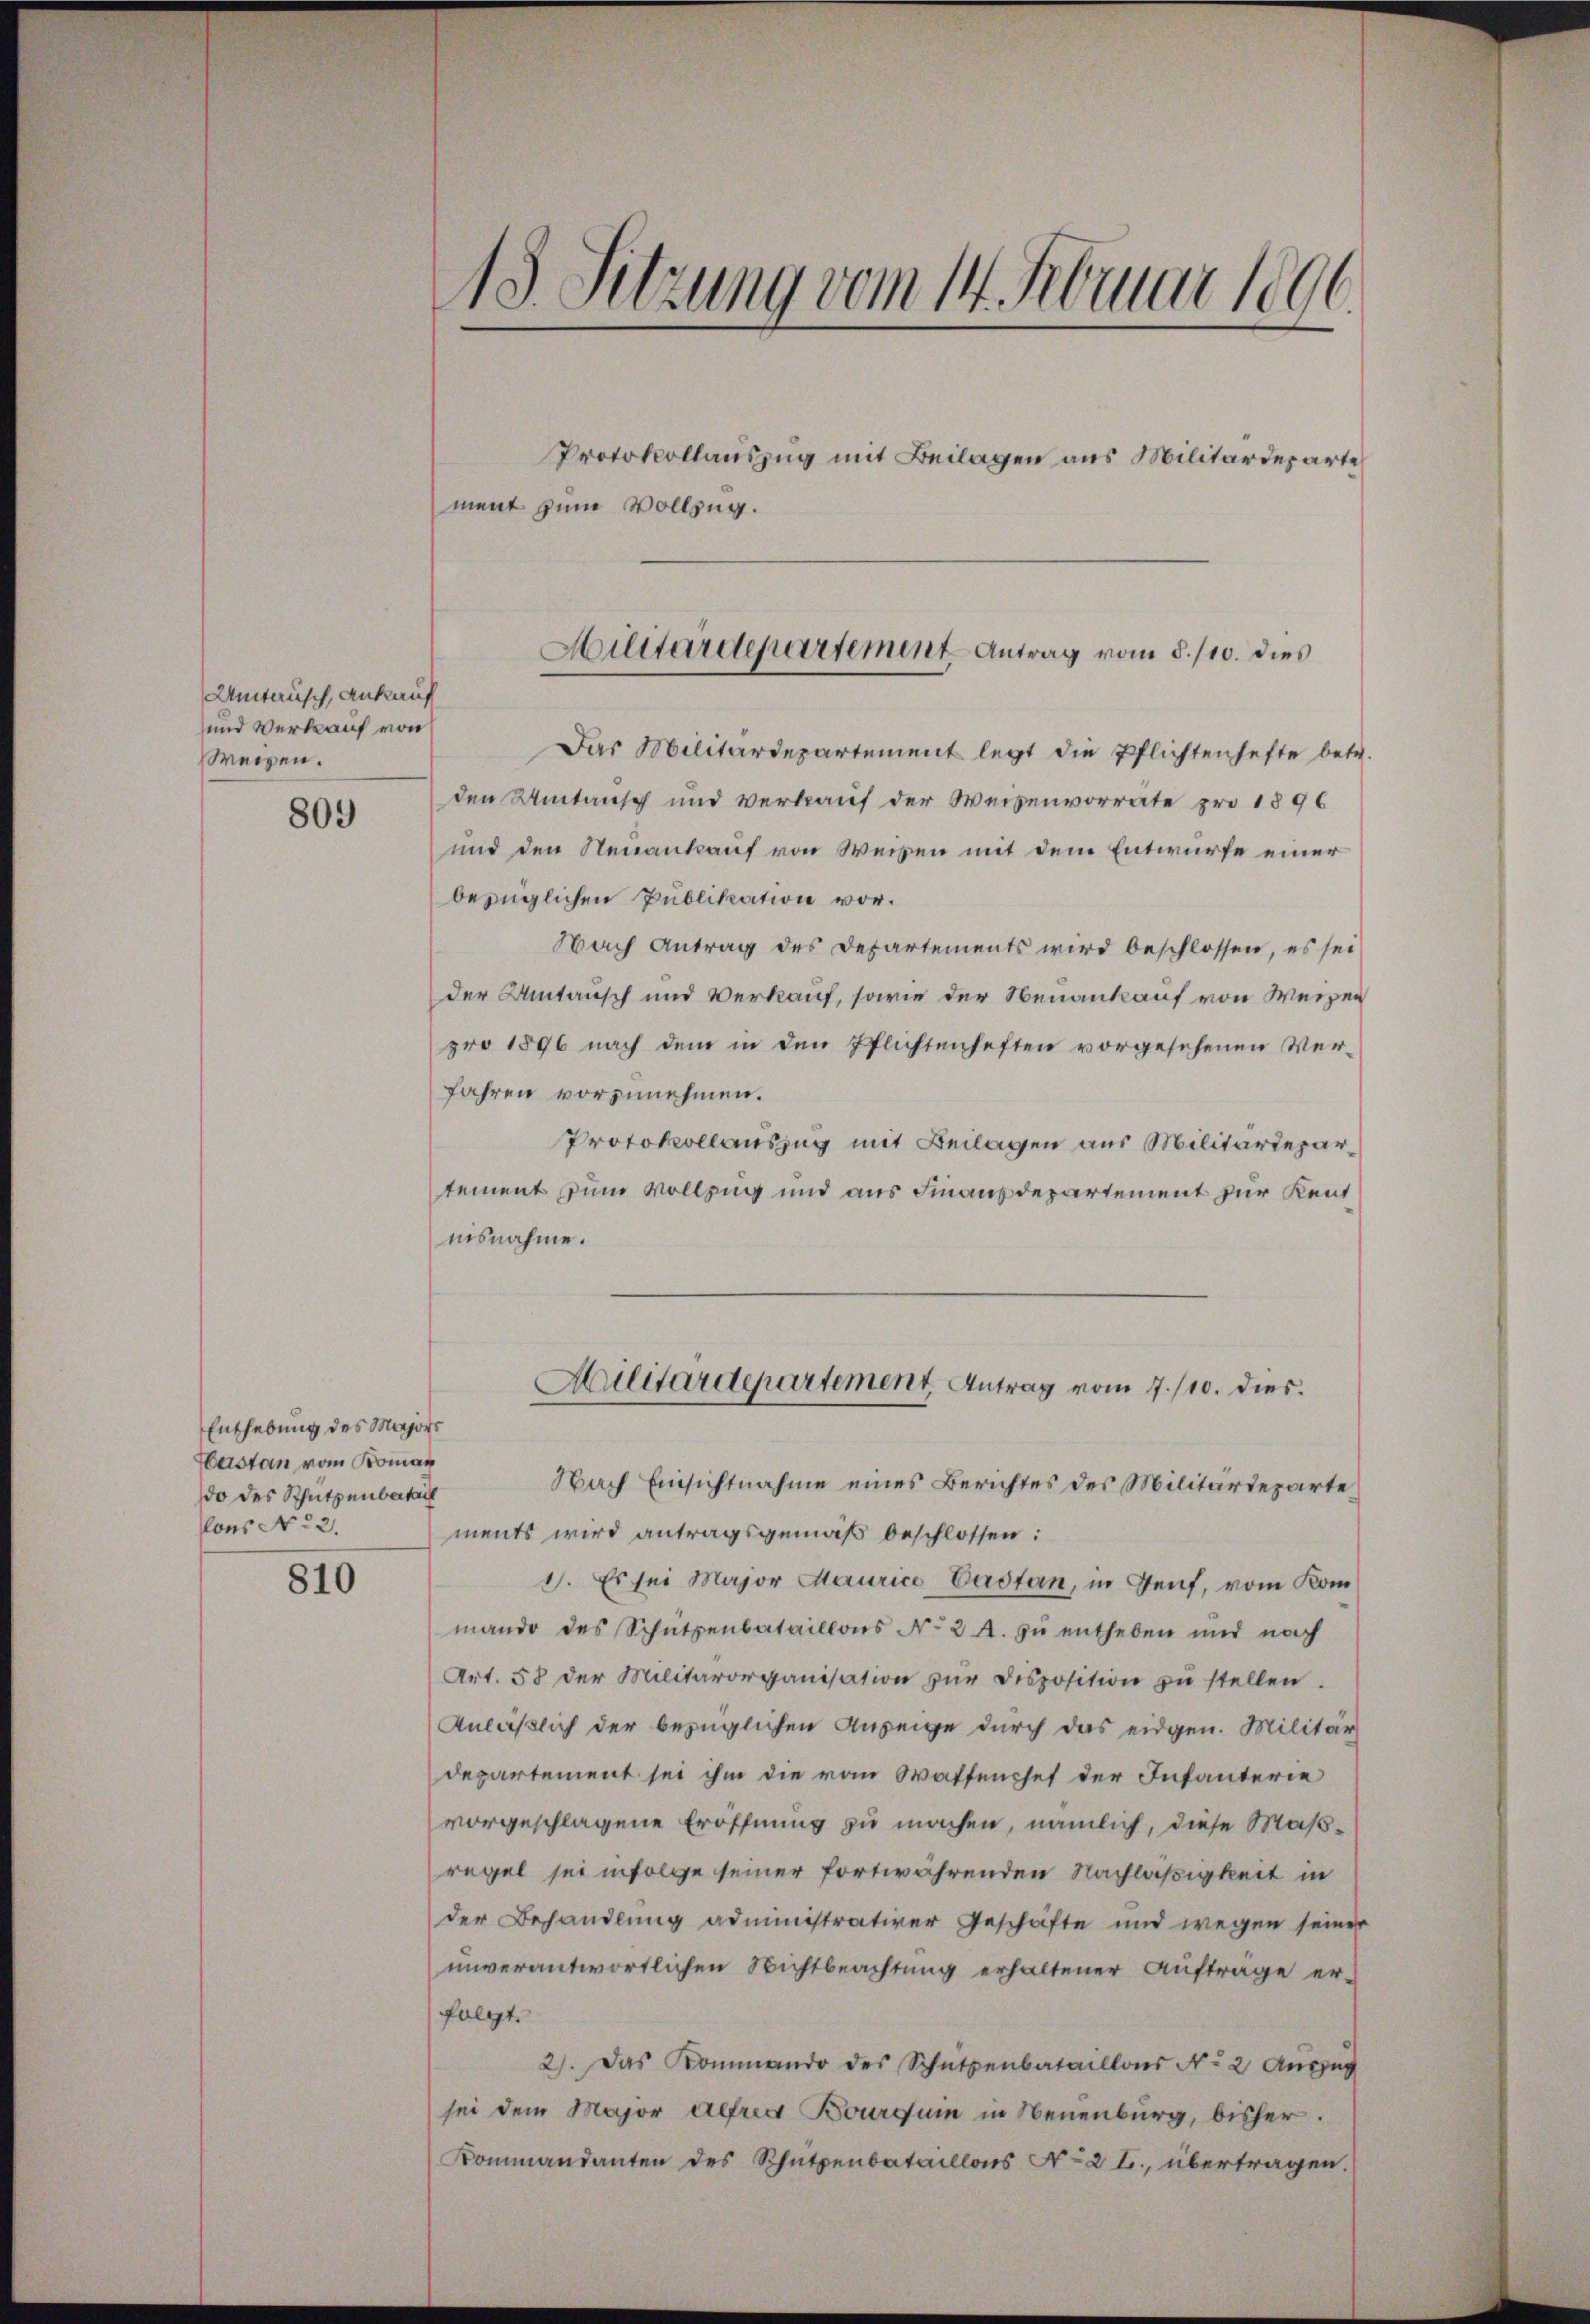
Umtausch, Ankauf
und Verkauf von
Weigen.
809

Enthebung des Majors
Castan vom Koman
do des Schützenbarkeit
lons No 52.

810

13. Sitzung vom 14. Februar 1896.

Protokollauszug mit Beilagen aus Militärdeparte
ment zum Vollzug.
Das Militärdepartement legt die Pflichtenhefte betr.
den Umtausch und verkauf der Weisenvorrate pro 1896
und den Neuankauf von Weisen mit dem Entwurfe einer
bezüglichen Publikation vor.
Nach Antrag des Departements wird beschlossen, es sei
der Umtausch und Verkauf, sowie der Neuankauf von Weigen
pro 1896 nach dem in den Pflichtenheften vorgesehenen Ver-
fahren vorzunehmen.
Protokollauszug mit Beilagen aus Militärdepartement zum Vollzug und aus Finanzdepartement zur Kent
nisnahme.
Militärdepartement Antrag vom 7./10. dies
Nach Einsichtnahme eines Berichtes des Militärdeparte
ments wird antragsgemäß beschlossen:
1. Es sei Major Maurice Castan, in Genf, vom Kommando des Schutzenbataillons No 2 A. zu entheben und nach
Art. 58 der Militärorganisation zŭr disposition zŭ stellen.
Anläßlich der bezüglichen Anzeige durch das eidgen. Militär
departement sei ihm die vom Wattenchef der Infanterie
vorgeschlagene Eröffnung zu machen, nämlich, diese Maßregel sei infolge seiner fortwährenden Nachläßigkeit in
der Behandlung administrativer Geschäfte und wegen seiner
unverantwortlichen Nichtbeachtung erhaltener Auftrage erfolgt.
2). Das Kommando des Schützenbataillons No 2 Aŭszŭg
sei dem Major Alfred Bourquin in Neuenburg, bisher.
Kommandanten des Schutzenbataillons No 2 L., übertragen.

Hilitärdepartement Antrag vom 8./10. dies